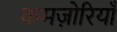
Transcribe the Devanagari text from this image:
कमज़ोरियाँ